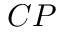
C P